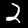
Digit: 2